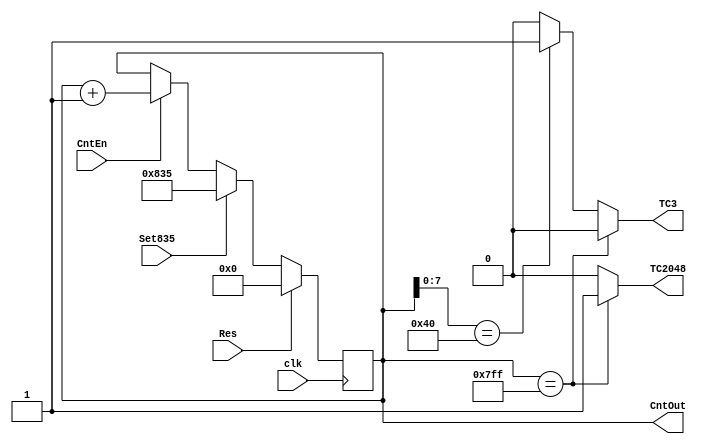
module ACounter(
      clk,
      Res,
      Set835,
      CntEn ,
      CntOut,
      TC2048,
      TC3
   )/*synthesis ugroup="addr_group" */;
   input clk;
   input Res;
   input Set835;
   input CntEn;
   output [11:0]  CntOut;
   output  reg TC2048;
   output  reg TC3;

reg [11:0] cnt_state;

always@(posedge clk)
  if (Res)
    cnt_state <= 0;
  else if (Set835)
    cnt_state <=12'h835;
  else if (CntEn)
    cnt_state <= cnt_state + 1;


always@(cnt_state)
   if (cnt_state== 12'h7FF) begin
      TC2048 <= 1;
      TC3 <=0;
   end else if (cnt_state[7:0] == 8'h40) begin
     TC3 <= 1;
     TC2048 <= 0;
   end
  // --elsif (cnt_state(3 downto 0) = x"7") or
  // --      (cnt_state(3 downto 0) = x"A") or
  // --      (cnt_state(3 downto 0) = x"D") then
  // --  TC3 <= '1'; TC2048 <= '0';
   else begin
     TC3 <=0;
     TC2048 <= 0;
   end


assign CntOut = cnt_state;

endmodule